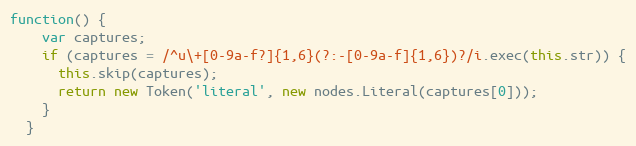
Language: JavaScript
function() {
    var captures;
    if (captures = /^u\+[0-9a-f?]{1,6}(?:-[0-9a-f]{1,6})?/i.exec(this.str)) {
      this.skip(captures);
      return new Token('literal', new nodes.Literal(captures[0]));
    }
  }